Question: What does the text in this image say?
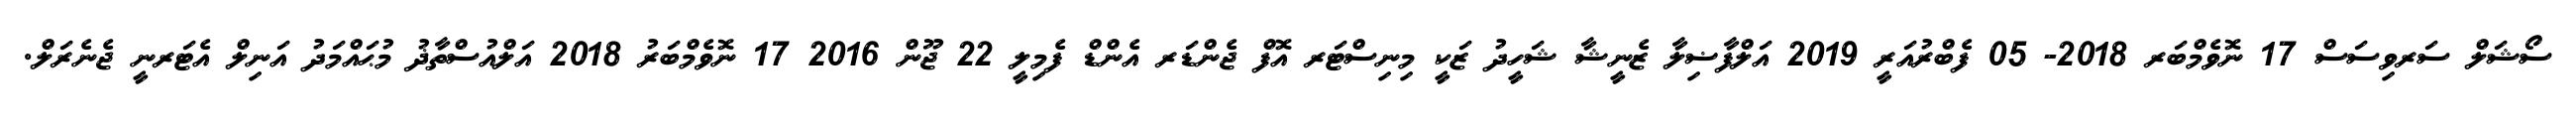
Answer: ސޯޝަލް ސަރވިސަސް 17 ނޮވެމްބަރ 2018- 05 ފެބްރުއަރީ 2019 އަލްފާޟިލާ ޒެނީޝާ ޝަހީދު ޒަކީ މިނިސްޓަރ އޮފް ޖެންޑަރ އެންޑް ފެމިލީ 22 ޖޫން 2016 17 ނޮވެމްބަރު 2018 އަލްއުސްތާޛު މުޙައްމަދު އަނިލް އެޓަރނީ ޖެނެރަލް.